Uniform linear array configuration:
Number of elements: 32
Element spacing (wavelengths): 1
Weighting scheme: cosine
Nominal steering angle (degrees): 0
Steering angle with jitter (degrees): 0.7879
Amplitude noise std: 0.05
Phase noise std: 0.05

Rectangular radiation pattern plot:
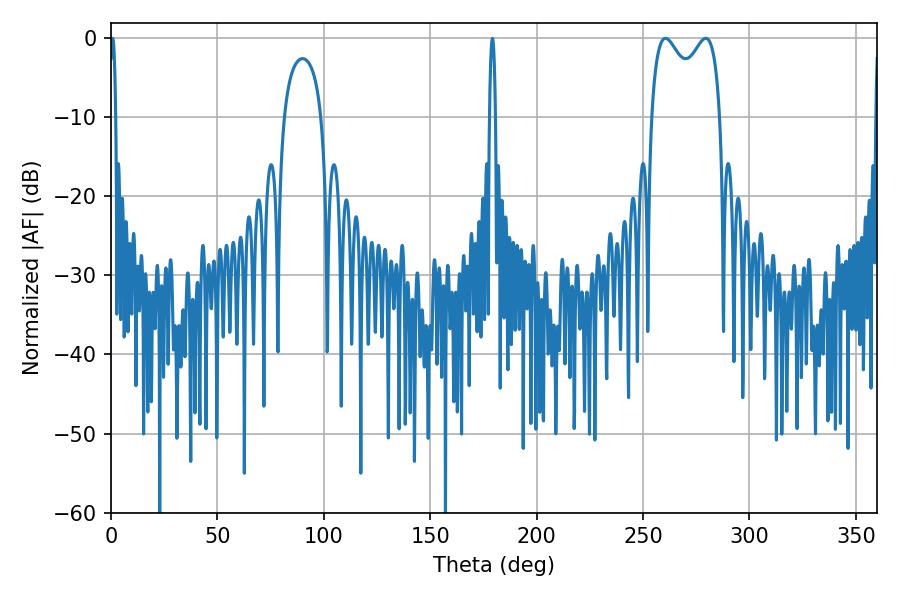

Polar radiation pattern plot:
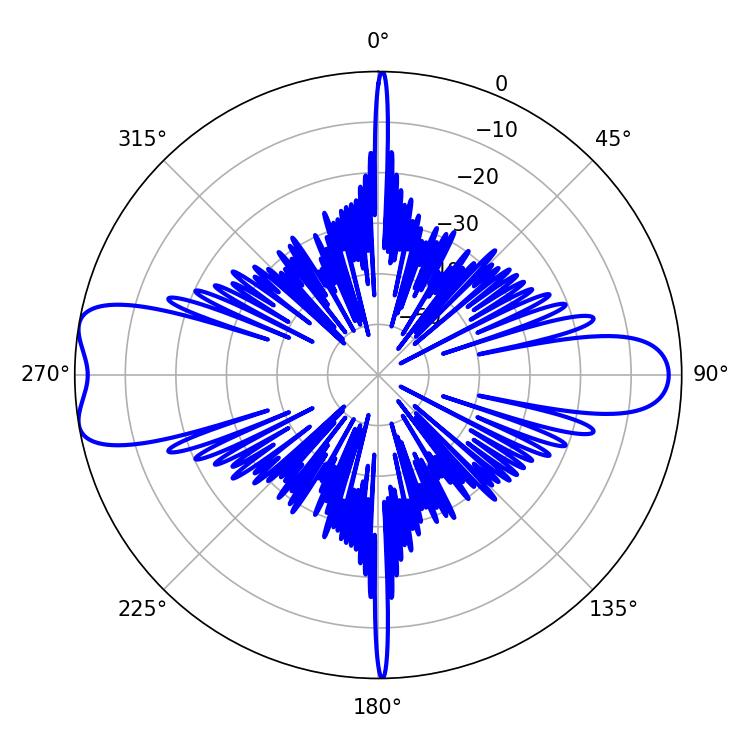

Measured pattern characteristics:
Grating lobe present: TRUE
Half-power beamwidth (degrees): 27
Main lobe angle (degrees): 260.46